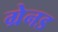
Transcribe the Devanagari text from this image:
ग्रेनड